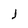
Character: J